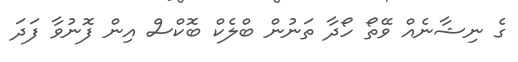
ގެ ނިޝާނެއް ވޭތޯ ހޯދާ ތަނުން ބްލެކް ބޮކްސް އިން ފޮނުވާ ފަދަ